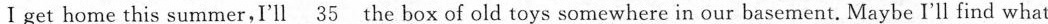
Ⅰ get home this summer,I'll \underline{35} the box of old toys somewhere in our basement. Maybe I'll find what